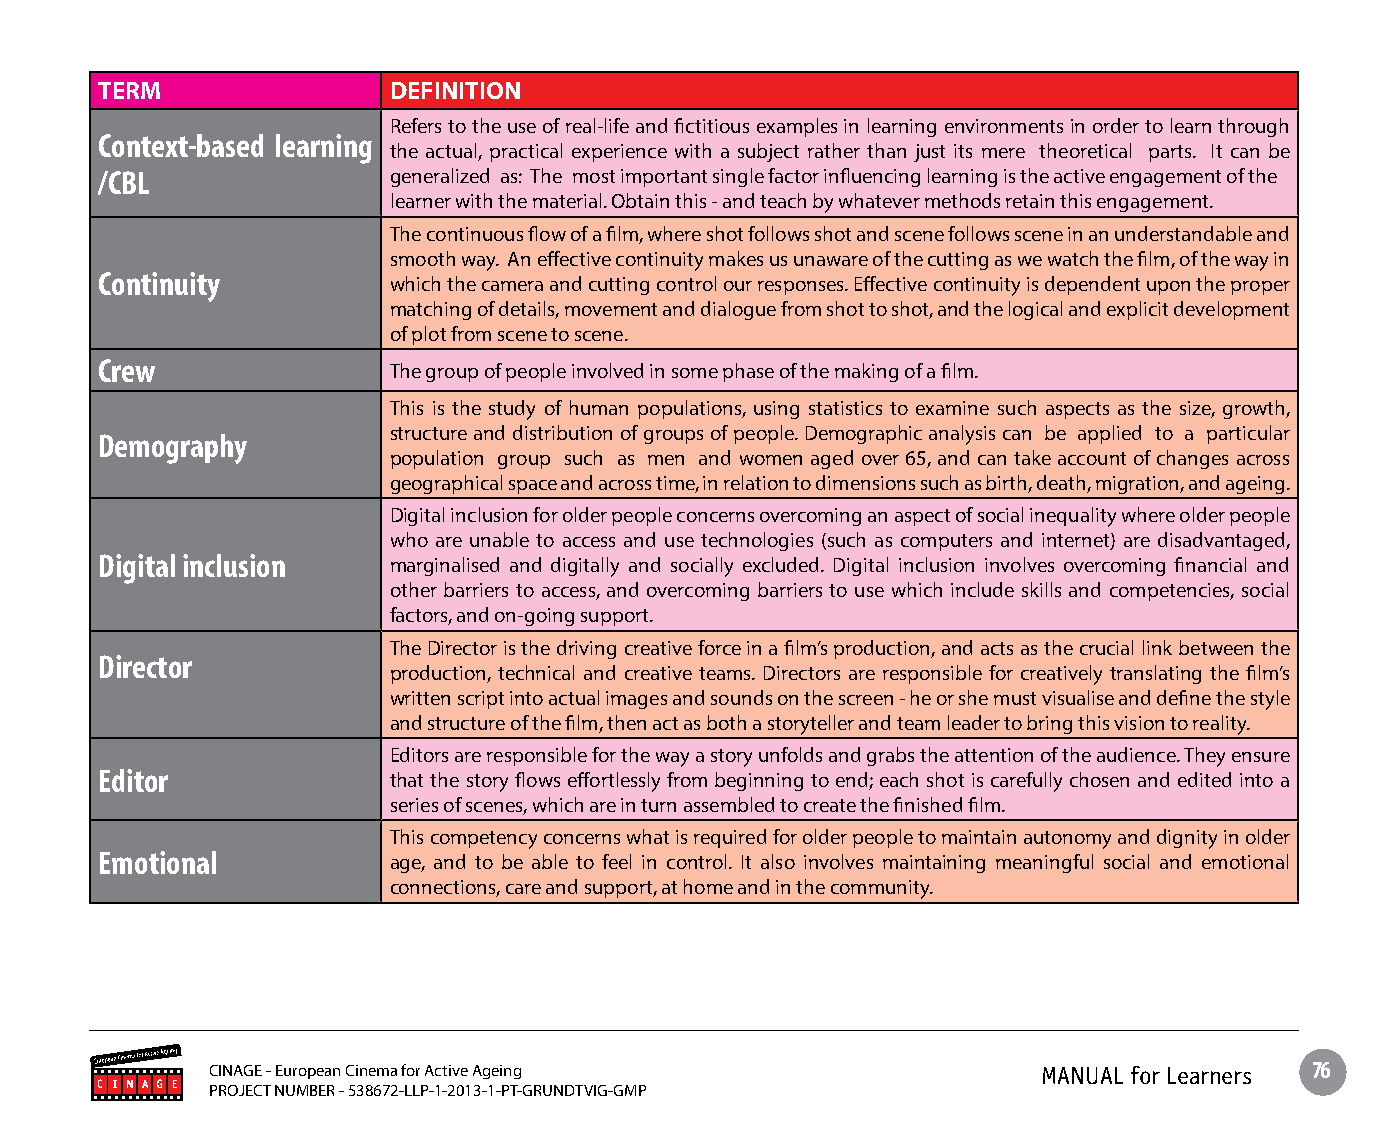
TERM               DEFINITION
 Refers to the use of real-life and fictitious examples in learning environments in order to learn through
 Context-based learning
 the actual, practical experience with a subject rather than just its mere theoretical parts. It can be
 /CBL               generalized as: The most important single factor influencing learning is the active engagement of the
 learner with the material. Obtain this - and teach by whatever methods retain this engagement.
 The continuous flow of a film, where shot follows shot and scene follows scene in an understandable and
 smooth way. An effective continuity makes us unaware of the cutting as we watch the film, of the way in
 Continuity         which the camera and cutting control our responses. Effective continuity is dependent upon the proper
 matching of details, movement and dialogue from shot to shot, and the logical and explicit development
 of plot from scene to scene.
 Crew               The group of people involved in some phase of the making of a film.
 This is the study of human populations, using statistics to examine such aspects as the size, growth,
 structure and distribution of groups of people. Demographic analysis can be applied to a particular
 Demography
 population group such as men and women aged over 65, and can take account of changes across
 geographical space and across time, in relation to dimensions such as birth, death, migration, and ageing.
 Digital inclusion for older people concerns overcoming an aspect of social inequality where older people
 who are unable to access and use technologies (such as computers and internet) are disadvantaged,
 Digital inclusion  marginalised and digitally and socially excluded. Digital inclusion involves overcoming financial and
 other barriers to access, and overcoming barriers to use which include skills and competencies, social
 factors, and on-going support.
 The Director is the driving creative force in a film’s production, and acts as the crucial link between the
 Director
 production, technical and creative teams. Directors are responsible for creatively translating the film’s
 written script into actual images and sounds on the screen - he or she must visualise and define the style
 and structure of the film, then act as both a storyteller and team leader to bring this vision to reality.
 Editors are responsible for the way a story unfolds and grabs the attention of the audience. They ensure
 Editor             that the story flows effortlessly from beginning to end; each shot is carefully chosen and edited into a
 series of scenes, which are in turn assembled to create the finished film.
 This competency concerns what is required for older people to maintain autonomy and dignity in older
 Emotional          age, and to be able to feel in control. It also involves maintaining meaningful social and emotional
 connections, care and support, at home and in the community.
 CINAGE - European Cinema for Active Ageing             MANUAL for Learners 76
 PROJECT NUMBER - 538672-LLP-1-2013-1-PT-GRUNDTVIG-GMP